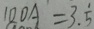
1 0 0 A = 3 . \dot { 5 }